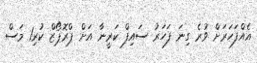
އެއްފަހަރަށް ވުރެ ގިނަ ފަހަރު ސައިފް ކަރީނާ އަށް ޕްރޮޕޯޒް ކުރި1 މަސް